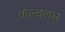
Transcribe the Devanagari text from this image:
वॉल्वलस